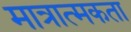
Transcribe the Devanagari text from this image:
मात्रात्मकता